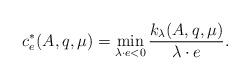
LaTeX: \begin{align*} c^*_e(A,q,\mu)=\min_{\lambda\cdot e<0} \frac{k_{\lambda}(A,q,\mu)}{\lambda\cdot e}.\end{align*}